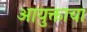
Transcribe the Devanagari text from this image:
आयुक्ताचा